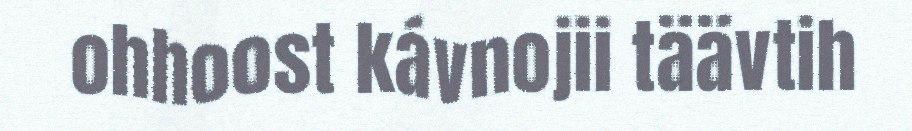
ohhoost kávnojii täävtih